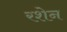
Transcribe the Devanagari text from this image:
रशेन